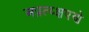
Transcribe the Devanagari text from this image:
अप्रत्य्क्षपणे